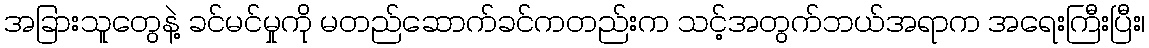
အခြားသူတွေနဲ့ ခင်မင်မှုကို မတည်ဆောက်ခင်ကတည်းက သင့်အတွက်ဘယ်အရာက အရေးကြီးပြီး၊